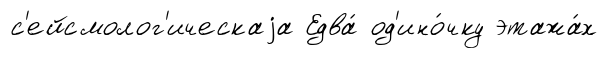
с'ейсмолог'ическаjа Едва́ од'ино́чку этажа́х